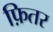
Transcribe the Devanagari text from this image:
फ़ितर